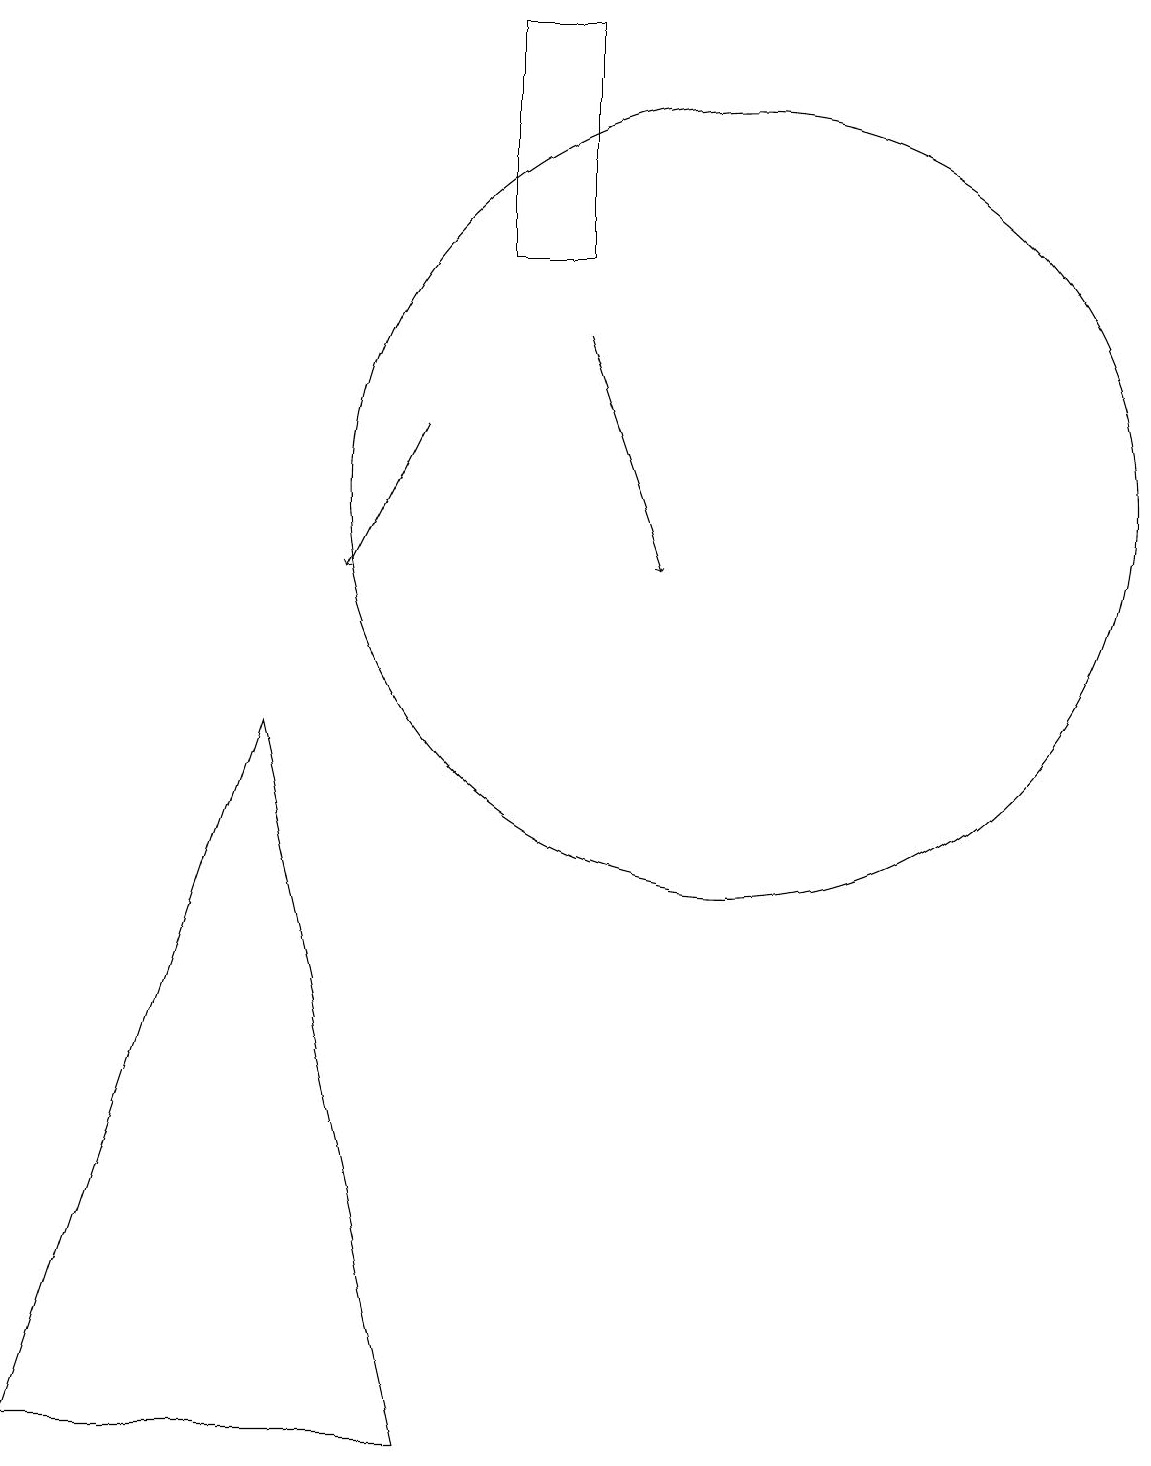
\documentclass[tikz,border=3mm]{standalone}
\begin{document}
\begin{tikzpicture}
\draw (11,10) circle (0);
\draw (7,18) rectangle (8,15);
\draw (10,12) circle (5);
\draw (6,0) -- (1,0) -- (4,9) -- cycle;
\draw[->] (6,13) -- (5,11);
\draw[->] (8,14) -- (9,11);
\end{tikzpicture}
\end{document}